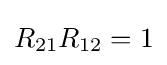
R_{21}R_{12}=1